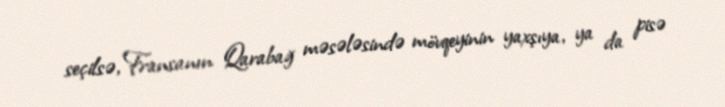
seçilsə, Fransanın Qarabağ məsələsində mövqeyinin yaxşıya, ya da pisə